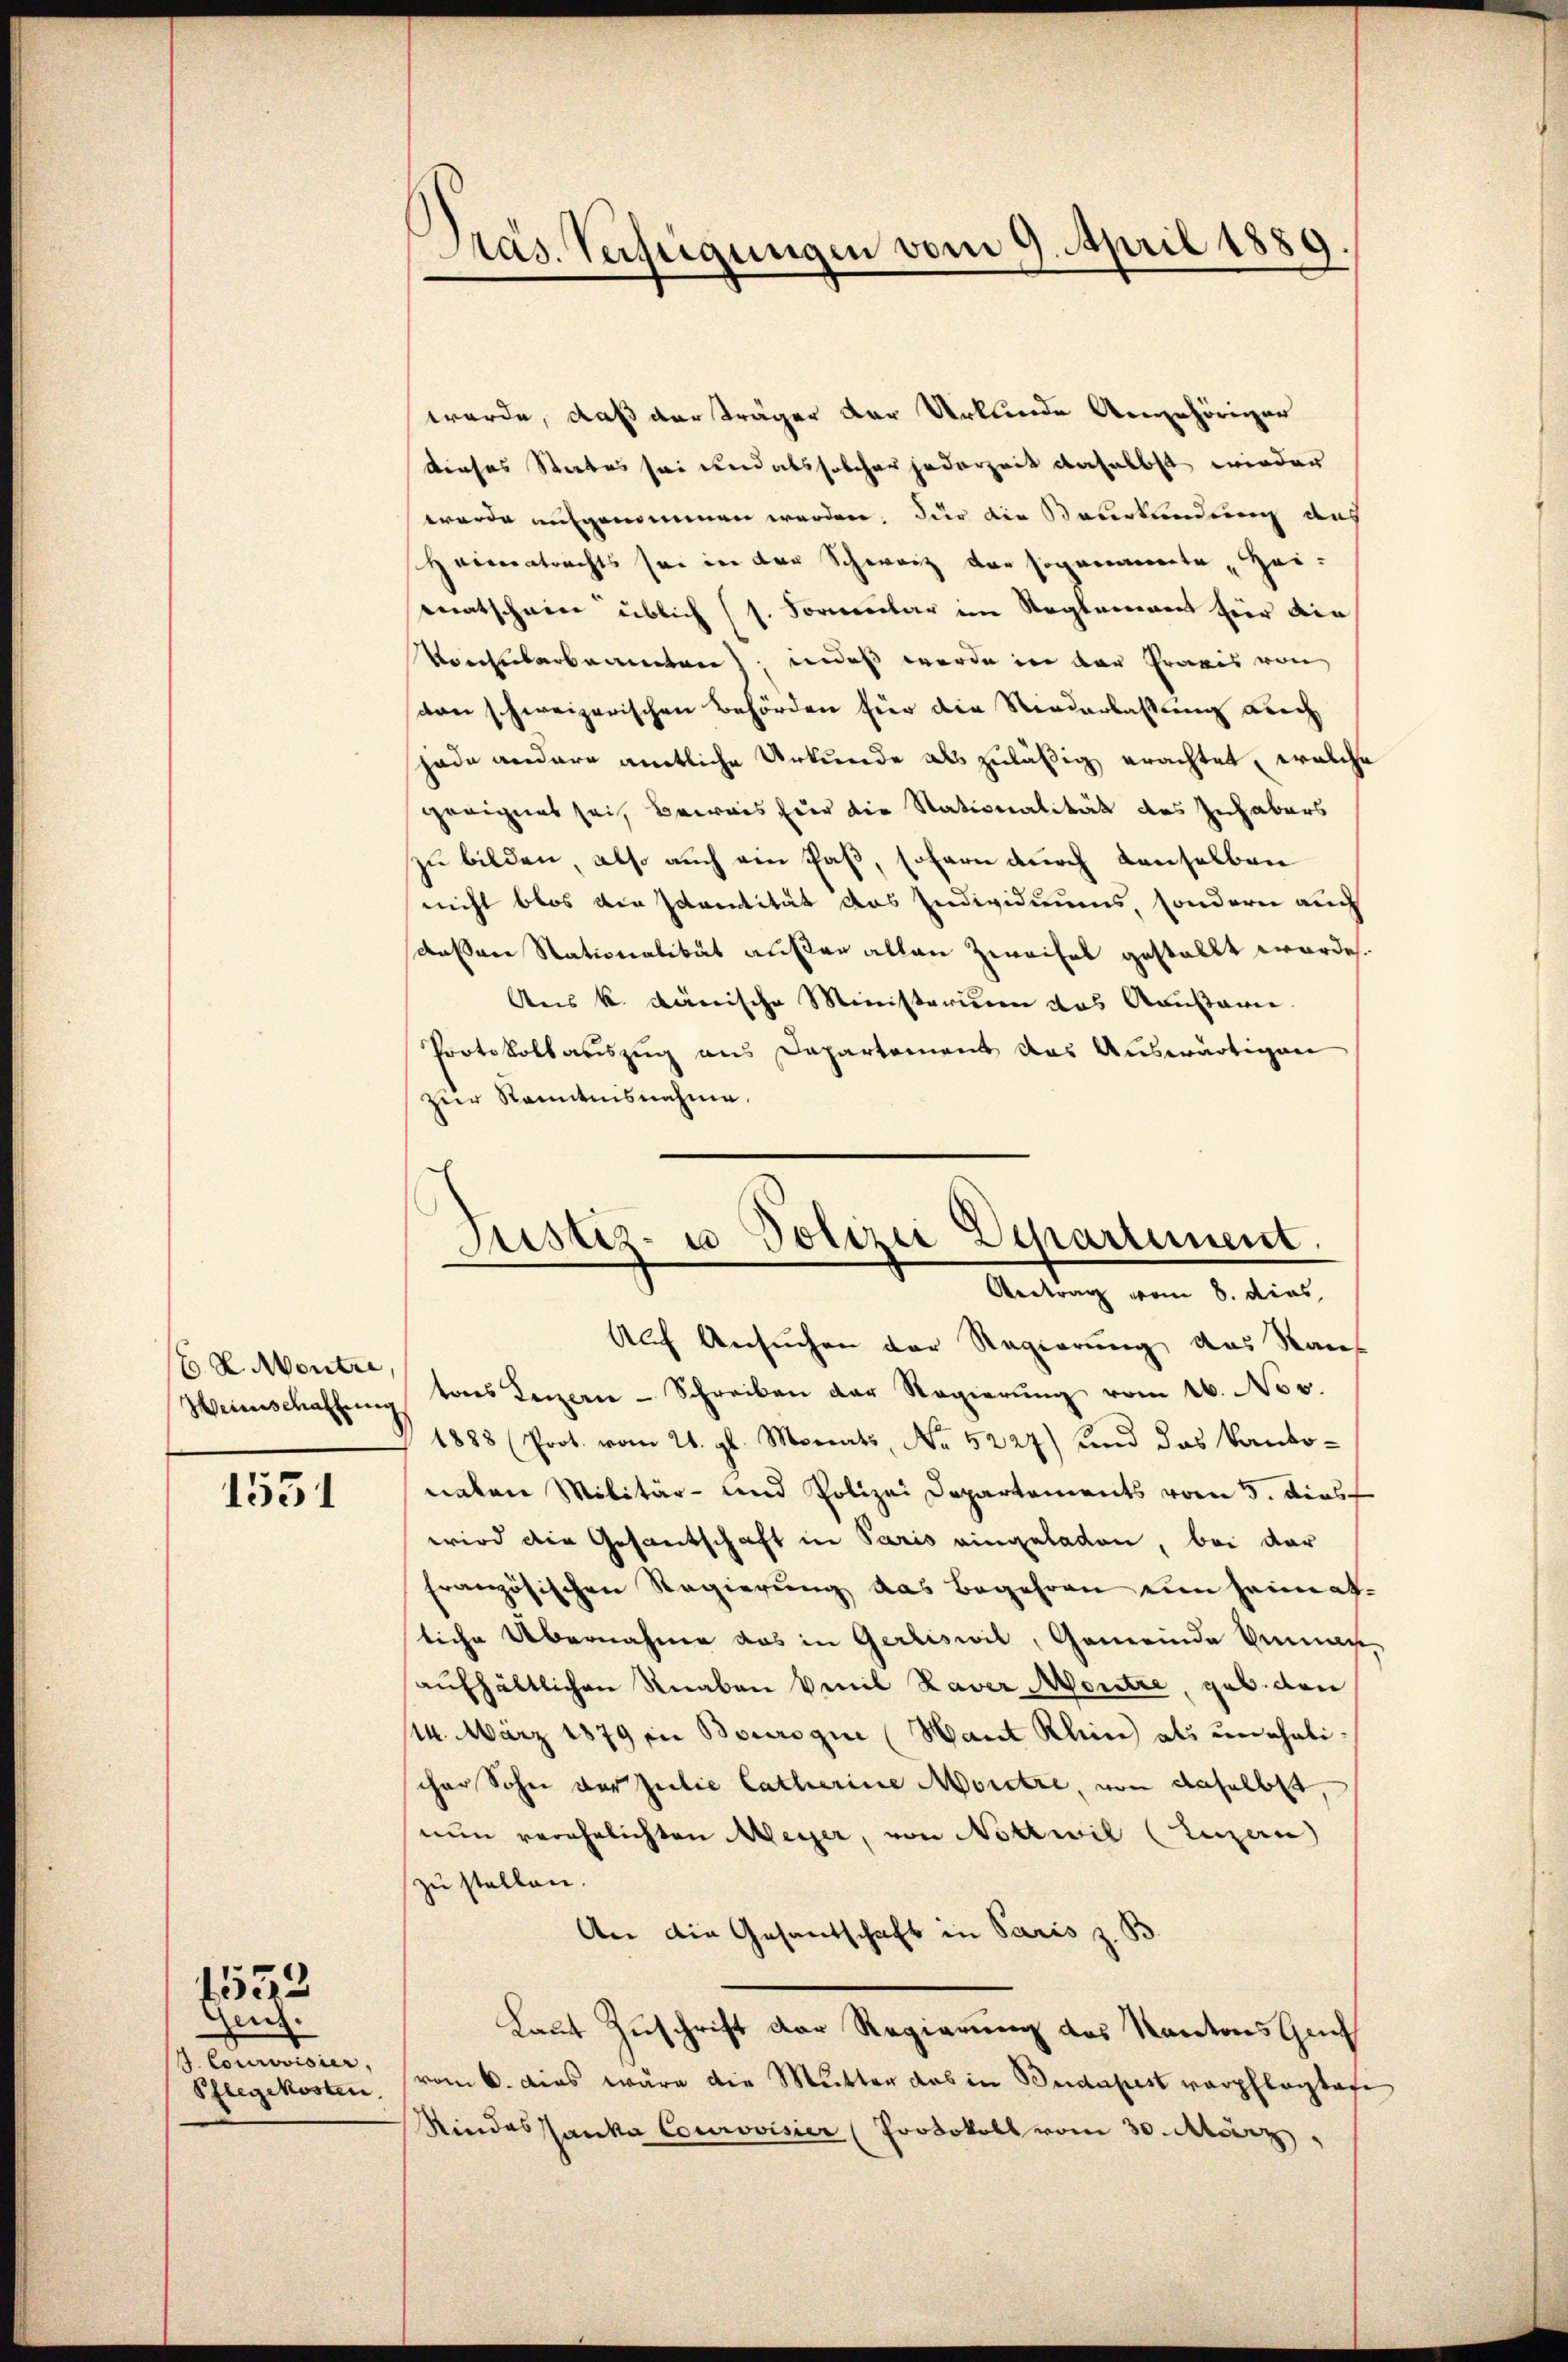
6. d. Montre,

1531

Genf.
J. Courovisier,
Pflegekosten.

1552

Pas. Verfügungen vom 9. April 1889

werde, daß der träger der Urkunde Angehöriger
Dieses States sei und als solcher jederzeit daselbst wieder
werde aufgenommen werden. Für die Beurkundung aus
Herceratrechts sei in der Schweiz der sogenannte Hei-
matschein üblich (s. Formenbar im Naglammen hier die
Vorhabarbeamten indeß werde in der Praxis von
von schweizerischen Behörden für die Niederlassung auch
jade andere amtliche Urkunde als zuläßig erachtet, welche
geeignet sei, Beweis für die Nationalität des Inhabers
zu bilden, also auch ein Paß, sofern durch denselben
nicht blos die scantität das Individuums, sondern auch
dessen Stationalität außer allen Zweifel gestellt worden.
Aus k. dänische Ministerium das Kausanne.
Protokollauszug aus Departement das Auswärtigen
zur Kenntnisnahme.

Justiz- u. Polizei Departement.
Antrag vom 8. dies

Auch Ansuchen der Regierung das Raus
Weinschaffŭng vons Luzern - Schreiben der Regierŭng vom 16. Nov.
1888 (Prot. vom 21. gl. Monats, No 5227) und das Kantonalen Militär- und Polizei Departements vom 3. dies
wird die Gesandschaft in Paris eingeladen, bei dar
französischen Regierŭng das Begehren ein Heimat-
liche Übernahme das in Gerliswil, Gemeinde Veran-
aufhältlichen Knaben Emil Kaver Montre, geb. den
114. März 1879 in Bourogie (Haut Klein als unehelischen Sohn der Julie Catharine Moritze, von daselbst,
nun verehrlichten Meyer, von Nottwil (Luzern
zu stellen.
An die Gesandschaft in Paris z. B
Laut Zuschrift der Regierung des Kantons Gach
vom 6. dies wäre die Mutter das in Budapest verpflegtage
Rindes sanka Courovisier (Protokoll vom 30. März,